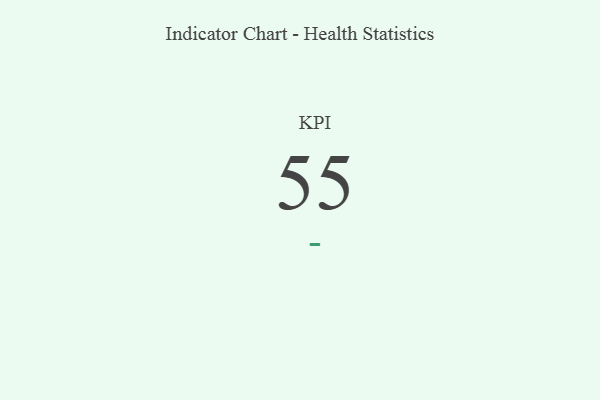
{"axis": {"x": "KPI", "y": "Value"}, "legend": [""], "data": [{"x": "KPI", "y": 55, "type": ""}]}